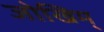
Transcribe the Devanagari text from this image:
जोखिम्